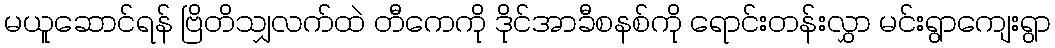
မယူဆောင်ရန် ဗြိတိသျှလက်ထဲ တီကေကို ဒိုင်အာခီစနစ်ကို ရောင်းတန်းလွှာ မင်းရွာကျေးရွာ